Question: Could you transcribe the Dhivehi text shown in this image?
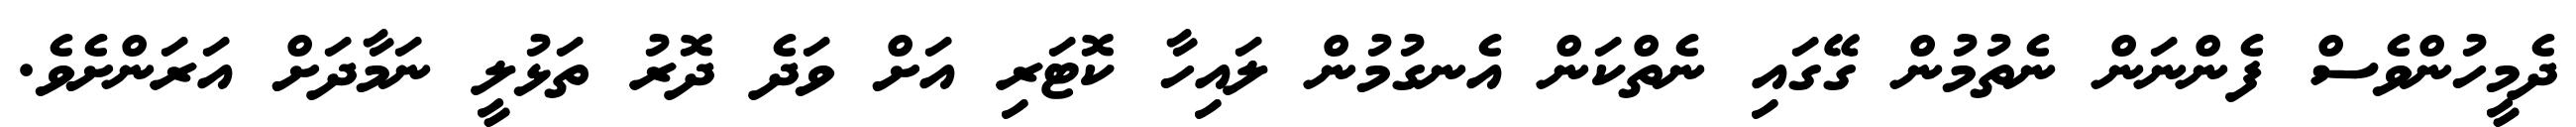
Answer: ދެމީހުންވެސް ފެންނަން ނެތުމުން ގޭގައި ނެތްކަން އެނގުމުން ލައިހާ ކޮޓަރި އަށް ވަދެ ދޮރު ތަޅުލީ ނަމާދަށް އަރަންށެވެ.